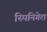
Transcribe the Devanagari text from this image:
स्पिनिगेरा